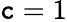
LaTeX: \mathtt{c}=1